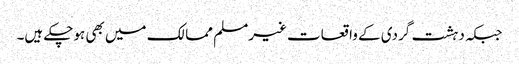
جبکہ دہشت گردی کے واقعات غیرمسلم ممالک میں بھی ہوچکے ہیں۔